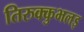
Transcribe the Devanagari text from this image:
तिरुक्कुभलइ